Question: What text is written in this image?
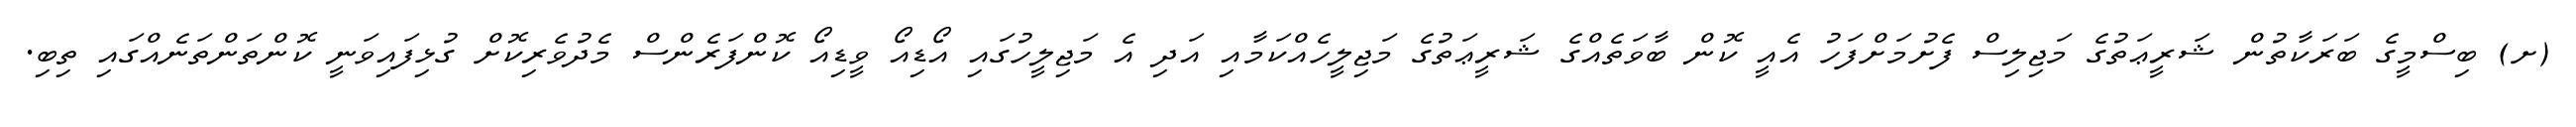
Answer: (ށ) ބިސްމީގެ ބަރަކާތުން ޝަރީޢަތުގެ މަޖިލިސް ފެށުމަށްފަހު އެއީ ކޮން ބާވަތެއްގެ ޝަރީޢަތުގެ މަޖިލީހެއްކަމާއި އަދި އެ މަޖިލީހުގައި އޯޑިއޯ ވީޑިއޯ ކޮންފަރެންސް މެދުވެރިކޮށް ގުޅިފައިވަނީ ކޮންތަންތަނެއްގައި ތިބި.